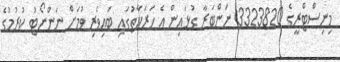
މިނިސްޓްރީގެ 3323820 ނަންބަރާ ގުޅައިން އެ ހަރަކާތުގައި ބައިވެރި ވުމަށް ނަންނޯޓު ކުރުމުގެ